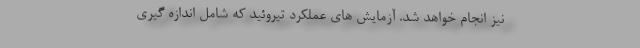
نیز انجام خواهد شد. آزمایش های عملکرد تیروئید که شامل اندازه گیری